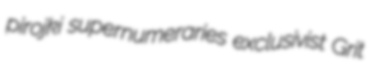
pirojki supernumeraries exclusivist Grit